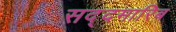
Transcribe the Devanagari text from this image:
सद्दमारिब